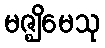
မဇ္ဈိမေသု